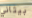
بيثاني